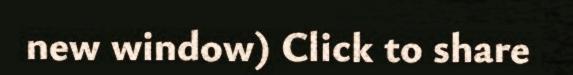
new window) Click to share